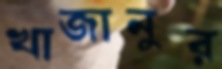
খাজানুর